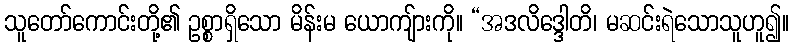
သူတော်ကောင်းတို့၏ ဥစ္စာရှိသော မိန်းမ ယောကျ်ားကို။ “အဒလိဒ္ဒေါတိ၊ မဆင်းရဲသောသူဟူ၍။